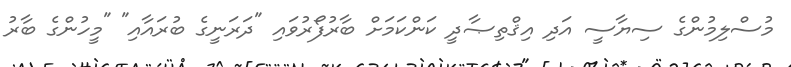
މުސްލިމުންގެ ސިޔާސީ އަދި އިޤްތިޞާދީ ކަންކަމަށް ބާރުފޯރުވައި "ދަރަނީގެ ބުރައާއި" "މީހުންގެ ބާރު